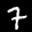
Label: 7